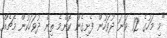
"މި މަހުގެ 12 ވަނަ ދުވަހުން ފެށިގެން ކޮންމެ ތިން ދުވަހަކުން މެޗެއް